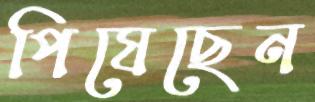
পিষেছেন